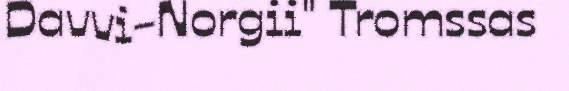
Davvi-Norgii" Tromssas